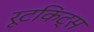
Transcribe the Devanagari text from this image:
रूटकिट्स